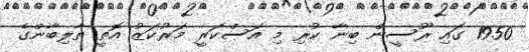
1950 ގައި ރޫސީން ބިނާ ކުރި މި އަސްކަރީ މަރުކަޒު އޮތީ ތާލިބާންގެ